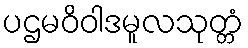
ပဌမဝိဝါဒမူလသုတ္တံ